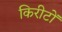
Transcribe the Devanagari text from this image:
किरीटों